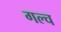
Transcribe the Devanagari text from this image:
गल्च